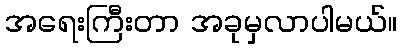
အရေးကြီးတာ အခုမှလာပါမယ်။